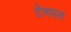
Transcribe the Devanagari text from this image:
टेमपल